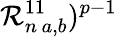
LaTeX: \mathcal{R}_{n\, a,b}^{11})^{p-1}